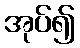
အုပ်၍